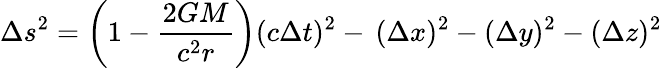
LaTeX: \Delta s^{2}=\left(1-{\frac{2GM}{c^{2}r}}\right)(c\Delta t)^{2}-\, (\Delta x)^{2}-(\Delta y)^{2}-(\Delta z)^{2}